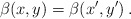
\begin{align*}\beta(x,y)=\beta(x',y')\,.\end{align*}